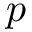
\boldsymbol { p }